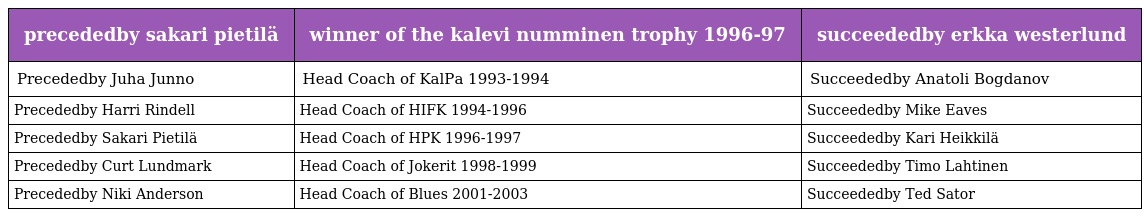
| precededby sakari pietilä | winner of the kalevi numminen trophy 1996-97 | succeededby erkka westerlund |
 | --- | --- | --- |
 | Precededby Juha Junno | Head Coach of KalPa 1993-1994 | Succeededby Anatoli Bogdanov |
 | Precededby Harri Rindell | Head Coach of HIFK 1994-1996 | Succeededby Mike Eaves |
 | Precededby Sakari Pietilä | Head Coach of HPK 1996-1997 | Succeededby Kari Heikkilä |
 | Precededby Curt Lundmark | Head Coach of Jokerit 1998-1999 | Succeededby Timo Lahtinen |
 | Precededby Niki Anderson | Head Coach of Blues 2001-2003 | Succeededby Ted Sator |